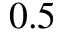
0 . 5